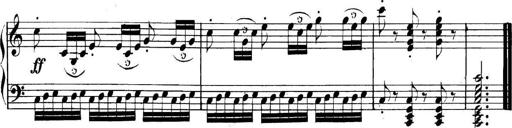
Title: Collected Piano Sonatas
Composer: Muzio Clementi